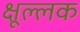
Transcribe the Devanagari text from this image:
क्षूल्लक